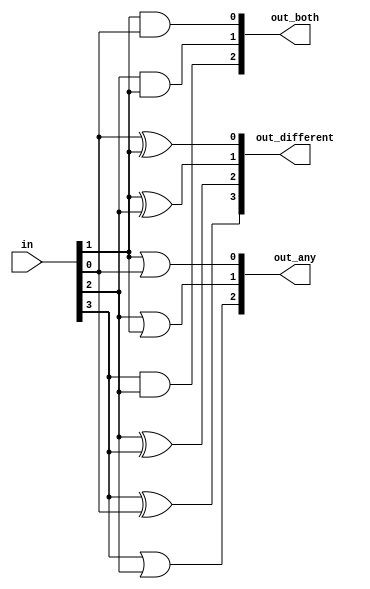
module top_module( 
    input [3:0] in,
    output [2:0] out_both,
    output [3:1] out_any,
    output [3:0] out_different );
    assign out_both={in[3]&in[2], in[2]&in[1], in[1]&in[0]};
    assign out_any[3:1]={in[3]|in[2], in[2]|in[1], in[1]|in[0]};
    assign out_different={in[3]^in[0], in[2]^in[3], in[1]^in[2], in[0]^in[1]};
endmodule

//assign out_any = in[3:1] | in[2:0];

	//assign out_both = in[2:0] & in[3:1];
	
	// XOR 'in' with a vector that is 'in' rotated to the right by 1 position: {in[0], in[3:1]}
	// The rotation is accomplished by using part selects[] and the concatenation operator{}.
	//assign out_different = in ^ {in[0], in[3:1]};